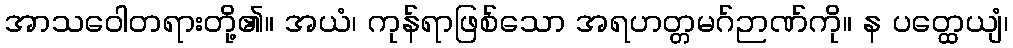
အာသဝေါတရားတို့၏။ အယံ၊ ကုန်ရာဖြစ်သော အရဟတ္တမဂ်ဉာဏ်ကို။ န ပတ္ထေယျံ၊